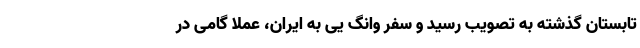
تابستان گذشته به تصویب رسید و سفر وانگ یی به ایران، عملا گامی در